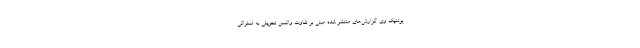
پوتنیک وی گزارش‌های منتشر شده مبنی بر تفاوت واکسن تحویلی به اسلواکی